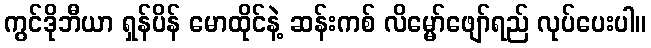
ကွင်ဒိုဘီယာ ရှန်ပိန် မောထိုင်နဲ့ ဆန်းကစ် လိမ္မော်ဖျော်ရည် လုပ်ပေးပါ။